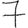
Digit: 7